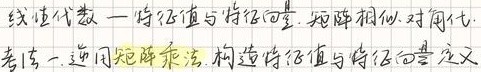
线性代数—特征值与特征向量，矩阵相似、对角化。考点一：逆用矩阵乘法，构造特征值与特征向量定义